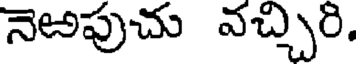
నెఱపుచు వచ్చిరి.